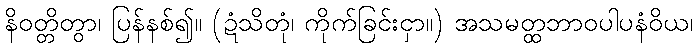
နိဝတ္တိတွာ၊ ပြန်နစ်၍။ (ဍံသိတုံ၊ ကိုက်ခြင်းငှာ။) အသမတ္ထဘာဝပါပနံဝိယ၊